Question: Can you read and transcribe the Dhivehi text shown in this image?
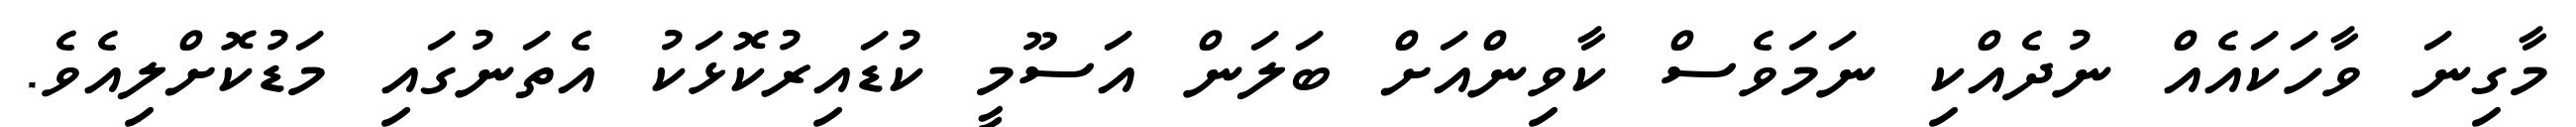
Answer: މާގިނަ ވާހަކައެއް ނުދެއްކި ނަމަވެސް ކާވިންއަށް ބަލަން އަސޫމީ ކުޑައިރުކޮޅަކު އެތަނުގައި މަޑުކޮށްލިއެވެ.